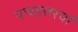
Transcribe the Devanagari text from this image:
पचहत्तरवां